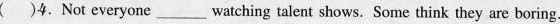
（）4.Not everyone___watching talent shows. Some think they are boring.